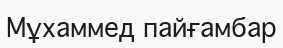
Мұхаммед пайғамбар